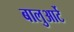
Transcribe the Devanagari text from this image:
बालुआर्टे